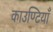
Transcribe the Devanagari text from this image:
काउण्टियाँ